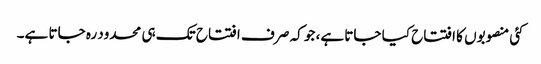
کئی منصوبوں کا افتتاح کیا جاتا ہے، جو کہ صر ف افتتاح تک ہی محدود رہ جاتا ہے۔